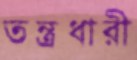
তন্ত্রধারী